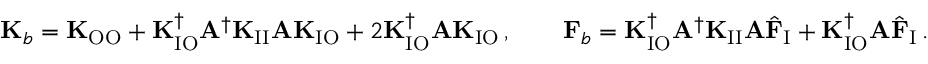
\mathbf { K } _ { b } = \mathbf { K } _ { \mathrm { O O } } + \mathbf { K } _ { \mathrm { I O } } ^ { \dagger } \mathbf { A } ^ { \dagger } \mathbf { K } _ { \mathrm { I I } } \mathbf { A } \mathbf { K } _ { \mathrm { I O } } + 2 \mathbf { K } _ { \mathrm { I O } } ^ { \dagger } \mathbf { A } \mathbf { K } _ { \mathrm { I O } } \, , \qquad \mathbf { F } _ { b } = \mathbf { K } _ { \mathrm { I O } } ^ { \dagger } \mathbf { A } ^ { \dagger } \mathbf { K } _ { \mathrm { I I } } \mathbf { A } \hat { \mathbf { F } } _ { \mathrm { I } } + \mathbf { K } _ { \mathrm { I O } } ^ { \dagger } \mathbf { A } \hat { \mathbf { F } } _ { \mathrm { I } } \, .